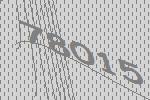
78015